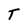
Character: T